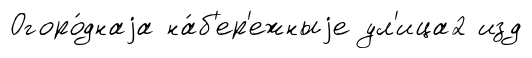
Огоро́днаjа на́б'ер'ежныjе ул'ица2 изд